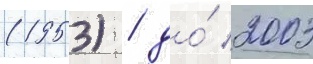
(1953) / до́ 2003